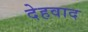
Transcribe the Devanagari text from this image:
देहवाद